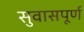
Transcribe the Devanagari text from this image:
सुवासपूर्ण